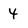
Character: 4